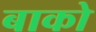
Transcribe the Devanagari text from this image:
बाको